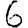
Digit: 6